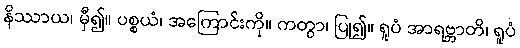
နိဿာယ၊ မှီ၍။ ပစ္စယံ၊ အကြောင်းကို။ ကတွာ၊ ပြု၍။ ရူပံ အာရဗ္ဘာတိ၊ ရူပံ